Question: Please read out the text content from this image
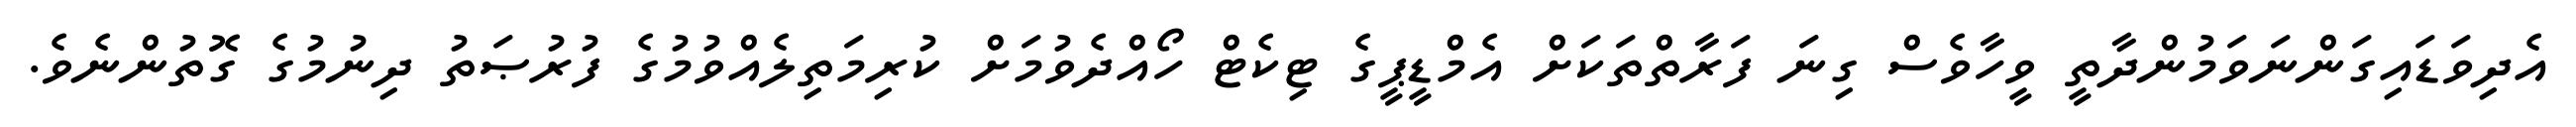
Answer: އެދިވަޑައިގަންނަވަމުންދާތީ ވީހާވެސް ގިނަ ފަރާތްތަކަށް އެމްޑީޕީގެ ޓިކެޓް ހޯއްދެވުމަށް ކުރިމަތިލެއްވުމުގެ ފުރުޞަތު ދިނުމުގެ ގޮތުންނެވެ.